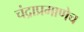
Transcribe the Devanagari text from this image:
चंद्राप्रमाणेच